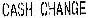
CASH CHANGE